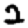
Digit: 2